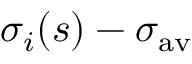
\sigma _ { i } ( s ) - \sigma _ { \mathrm { a v } }